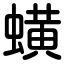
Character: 蟥